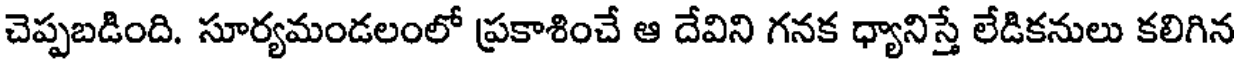
చెప్పబడింది. సూర్యమండలంలో ప్రకాశించే ఆ దేవిని గనక ధ్యానిస్తే లేడికనులు కలిగిన